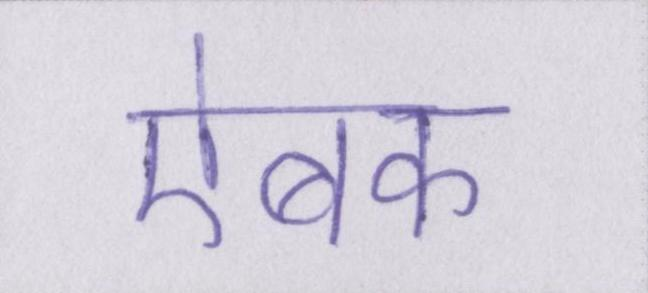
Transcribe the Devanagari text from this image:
ऐबक